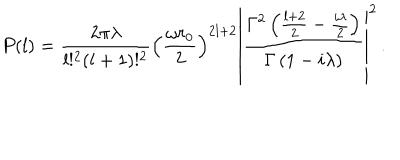
LaTeX: P ( l ) = \frac { 2 \pi \lambda } { l ! ^ { 2 } ( l + 1 ) ! ^ { 2 } } \left( \frac { \omega r _ { 0 } } { 2 } \right) ^ { 2 l + 2 } \left| \frac { \Gamma ^ { 2 } \left( \frac { l + 2 } { 2 } - \frac { i \lambda } { 2 } \right) } { \Gamma \left( 1 - i \lambda \right) } \right| ^ { 2 } \, .